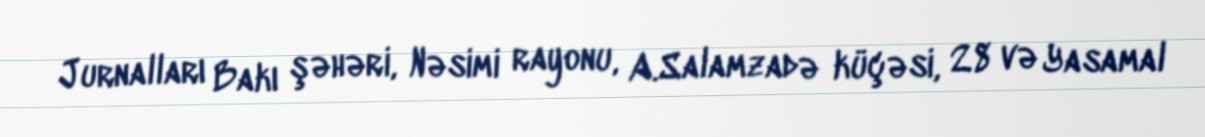
Jurnalları Bakı şəhəri, Nəsimi rayonu, A.Salamzadə küçəsi, 28 və Yasamal